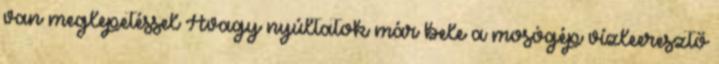
van meglepetéssel Avagy nyúltatok már bele a mosógép vízleeresztő